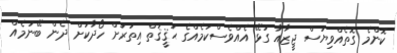
ކޮންމެ ގޮތެއްވިޔަސް ޖީޒާއާ ގުޅޭ އެއްވެސްކަމެއްގެ ޙަޤީޤަތް އިތުރަށް ހޯދާކަށް ދެން ބޭނުމެއް